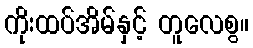
ကိုးထပ်အိမ်နှင့် တူလေစွ။